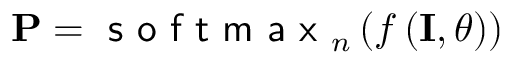
\mathbf { P } = \textsf { s o f t m a x } _ { n } \left( f \left( \mathbf { I } , \theta \right) \right)